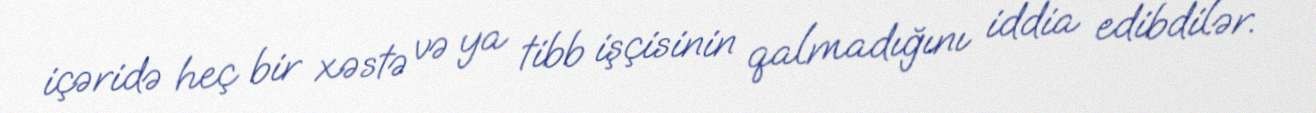
içəridə heç bir xəstə və ya tibb işçisinin qalmadığını iddia edibdilər.